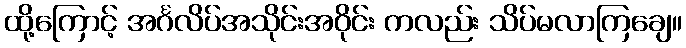
ထို့ကြောင့် အင်္ဂလိပ်အသိုင်းအဝိုင်း ကလည်း သိပ်မလာကြချေ။